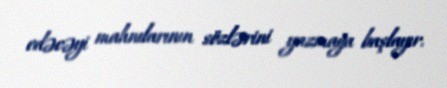
edəcəyi mahnılarının sözlərini yazmağa başlayır.